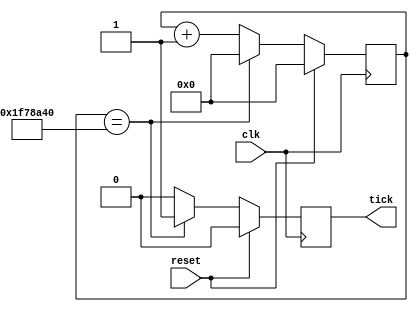
module counter_tick
	#(parameter DENOMINATOR = (66000000 / 2))
	(
		input wire clk,
		input wire reset,
		output reg tick
	);
	 
	reg [31:0] counter;

	always @(posedge clk) begin
		if (reset) begin
			counter <= 0;
			tick <= 0;
		end
		else begin
			if (counter == DENOMINATOR) begin
				counter <= 0;
				tick <= 1;
			end
			else begin
				counter <= counter + 1;
				tick <= 0;
			end
		end
	end

endmodule